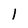
Character: l